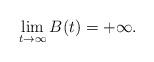
LaTeX: \begin{align*} \lim_{t\rightarrow\infty}B(t)=+\infty.\end{align*}